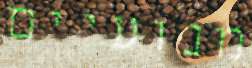
מנועיים